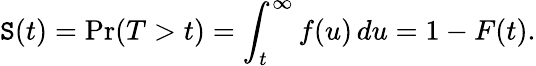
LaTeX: \mathtt{S}(t)=\operatorname*{Pr}(T>t)=\int_{t}^{\infty}f(u)\, du=1-F(t).